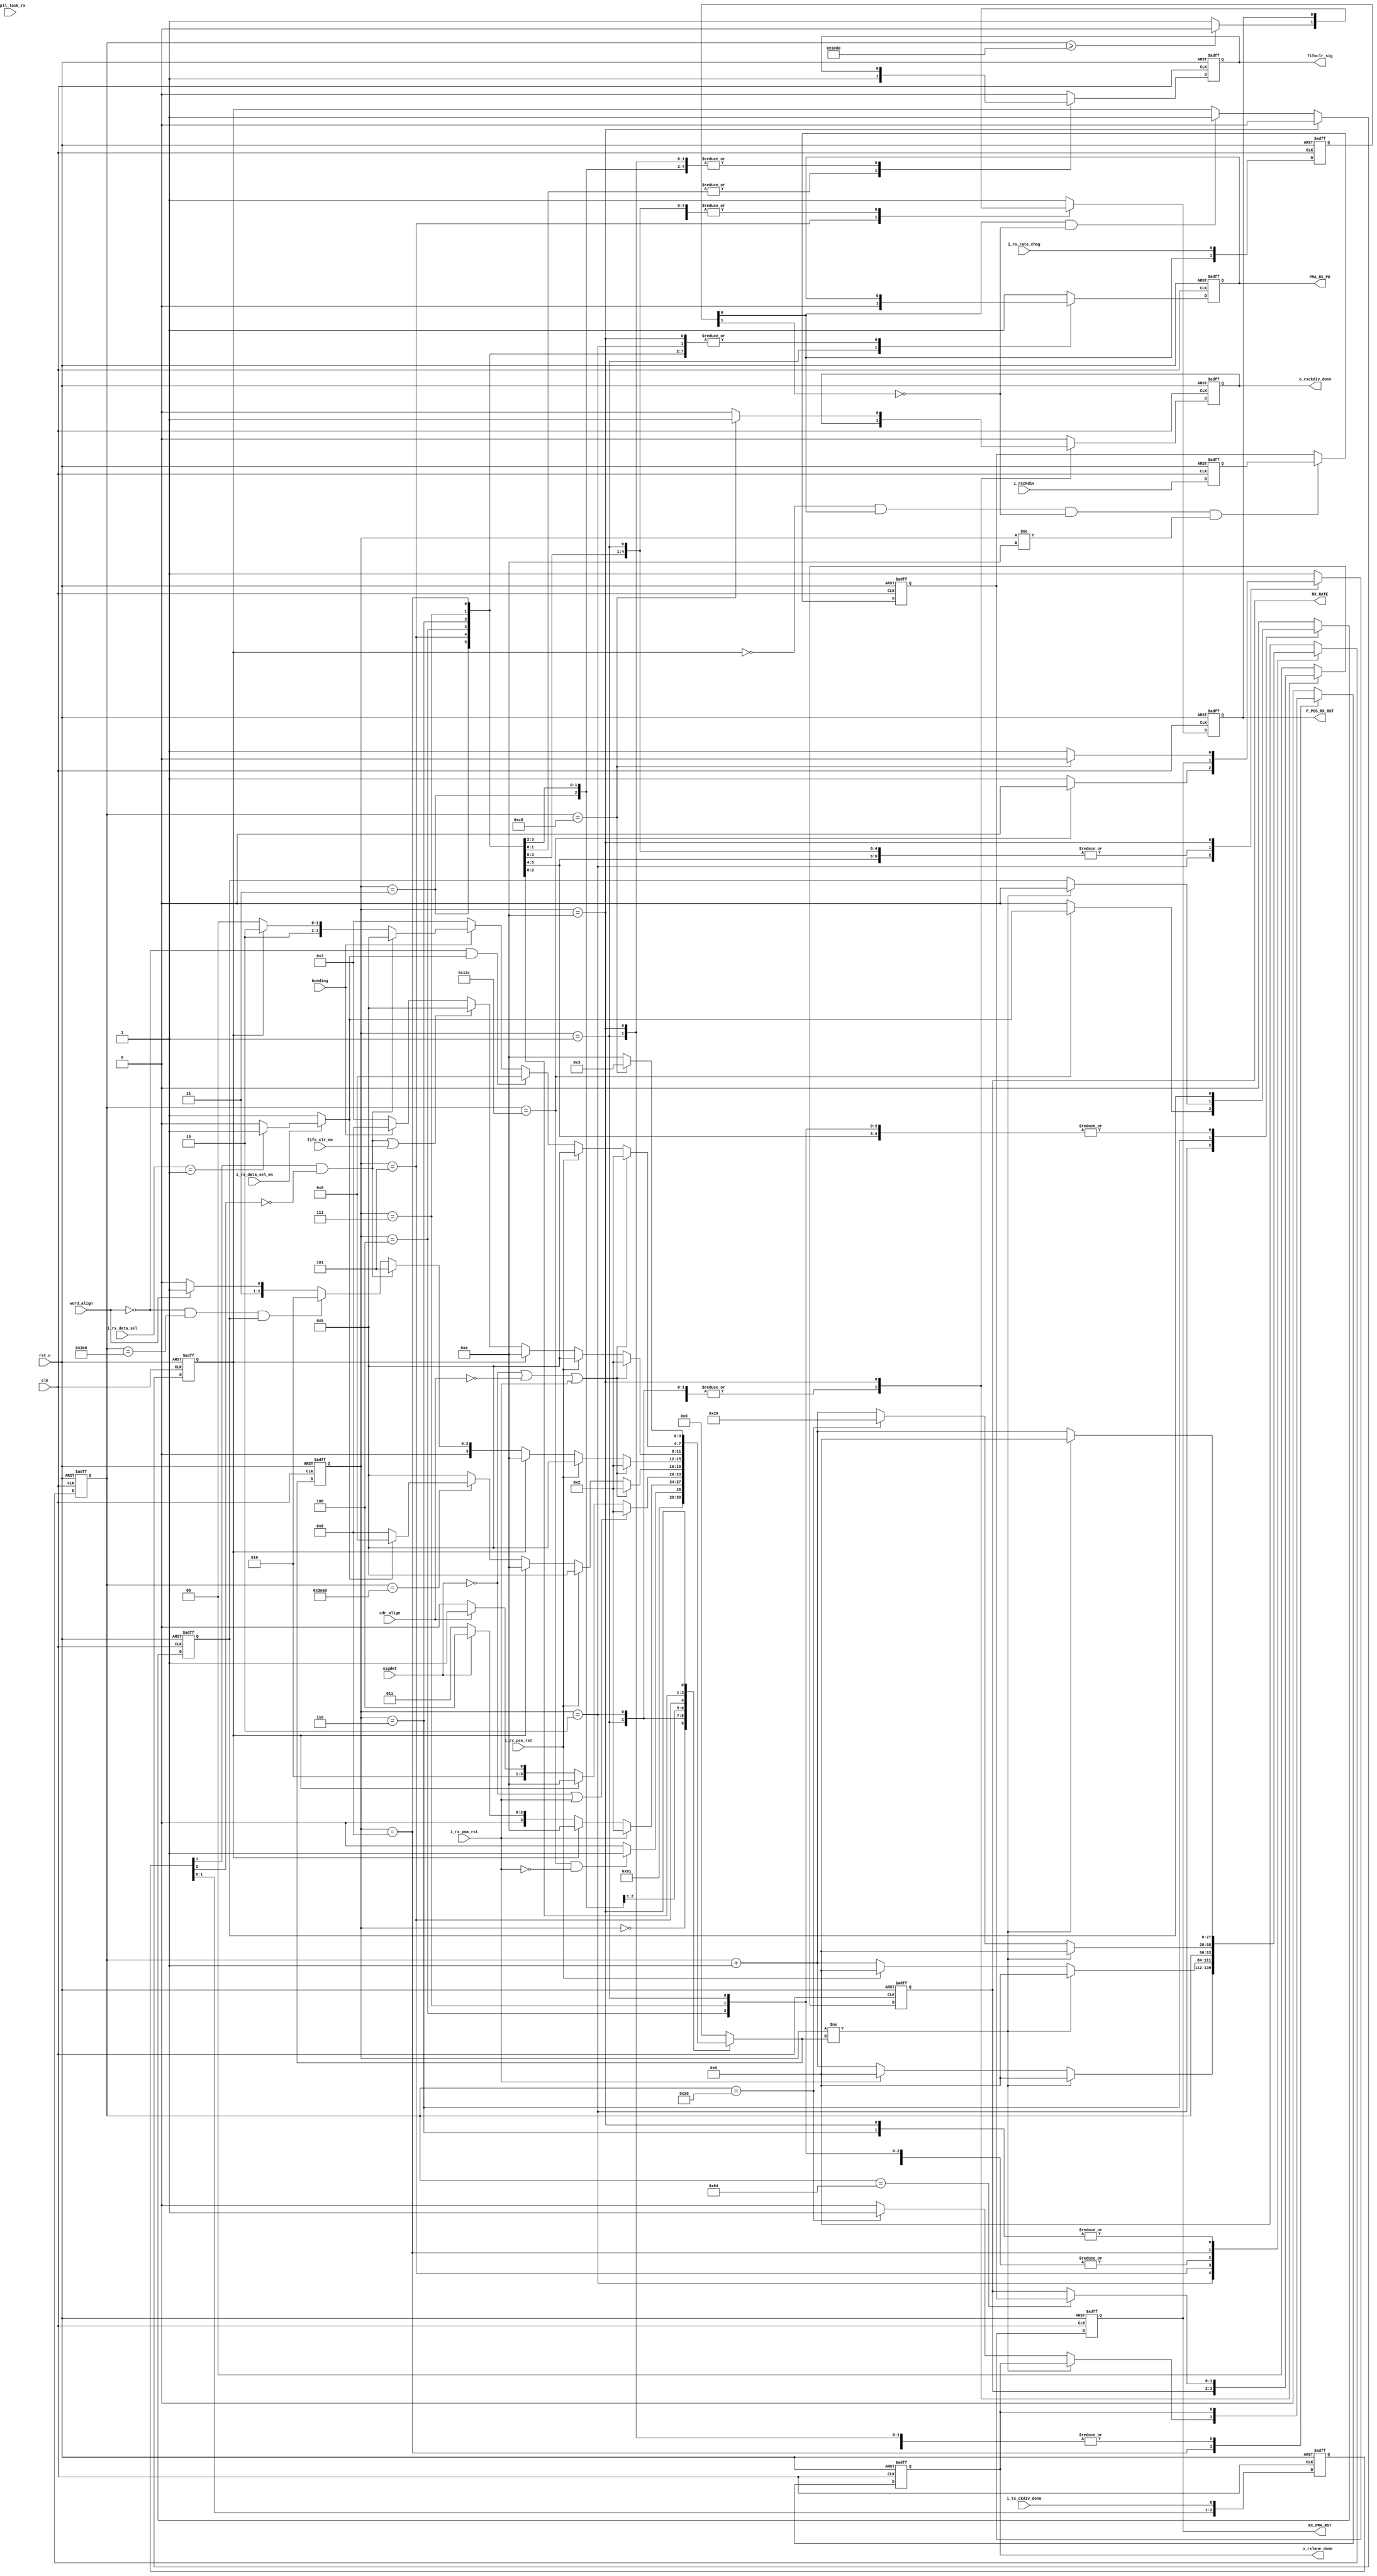
///////////////////////////////////////////////////////////////////////////////
//
// Copyright (c) 2019 PANGO MICROSYSTEMS, INC
// ALL RIGHTS REVERVED.
//
// THE SOURCE CODE CONTAINED HEREIN IS PROPRIETARY TO PANGO MICROSYSTEMS, INC.
// IT SHALL NOT BE REPRODUCED OR DISCLOSED IN WHOLE OR IN PART OR USED BY
// PARTIES WITHOUT WRITTEN AUTHORIZATION FROM THE OWNER.
//
///////////////////////////////////////////////////////////////////////////////
//
// Library:
// Filename:
///////////////////////////////////////////////////////////////////////////////
`timescale 1ns/1ps
module  ipm2t_hssthp_rxlane_rst_fsm_v1_5b#(
    parameter FREE_CLOCK_FREQ          = 100        , //unit is MHz, free clock  freq from GUI
    parameter CH_MULT_LANE_MODE        = 1          , //1: 1lane 2:2lane 4:4lane
    parameter CH_BYPASS_WORD_ALIGN     = "FALSE"    , //TRUE: Lane Bypass Word Alignment, FALSE: Lane No Bypass Word Alignment
    parameter CH_BYPASS_BONDING        = "FALSE"    , //TRUE: Lane Bypass Channel Bonding, FALSE: Lane No Bypass Channel Bonding
    parameter CH_BYPASS_CTC            = "FALSE"    , //TRUE: Lane Bypass CTC, FALSE: Lane No Bypass CTC
    parameter LX_RX_CKDIV              = 0          ,
    parameter PCS_RX_CLK_EXPLL_USE     = "FALSE"    ,
    parameter CH_RX_RATE               = 1.25       ,
    parameter CH_RXPCS_ALIGN_TIMER     = 1000   

)(
    // Reset and Clock
    input  wire                   clk                   ,
    input  wire                   rst_n                 ,
    // HSST Reset Control Signal
    input  wire                   fifo_clr_en           ,
    input  wire                   i_rx_rate_chng        ,
    input  wire                   i_tx_ckdiv_done       ,
    input  wire   [1:0]           i_rxckdiv             ,
    input  wire                   sigdet                ,
    input  wire                   cdr_align             ,
    input  wire                   word_align            ,
    input  wire                   bonding               ,
    input  wire                   i_pll_lock_rx         ,
    input  wire                   i_rx_pma_rst          ,
    input  wire                   i_rx_pcs_rst          ,
    input  wire                   i_rx_data_sel_en      ,
    input  wire   [1:0]           i_rx_data_sel         ,
    output reg                    PMA_RX_PD             ,
    output reg                    P_PCS_RX_RST          ,
    output reg    [1:0]           RX_RATE               ,
    output reg                    RX_PMA_RST            ,
    output reg                    o_rxckdiv_done        ,
    output reg                    o_rxlane_done         ,
    output reg                    fifoclr_sig       
);

localparam integer PMA_RST_CNTR_VALUE                 = 2*((1.5*FREE_CLOCK_FREQ)); //add 50 percent margin
localparam integer RX_RATE_CNTR_VALUE                 = 2*((0.5*FREE_CLOCK_FREQ)); //add 50 percent margin
localparam integer RX_PMA_RST_RELEASE_CNTR_VALUE      = 2*((1.0*FREE_CLOCK_FREQ)); //add 50 percent margin
`ifdef IPM2T_HSST_SPEEDUP_SIM
localparam integer CDR_LOCK_CNTR_VALUE                = 1;
`else
localparam integer CDR_LOCK_CNTR_VALUE                = FREE_CLOCK_FREQ*200/CH_RX_RATE; 
`endif

localparam integer PCS_RST_RELEASE_DLY_CNTR_VALUE     = 32;//add for rxlane_done is active but fabric clock is none by wenbin 
//Counter Width
localparam         CNTR_WIDTH                         = 28 ;
//RX Lane FSM Status
localparam RX_LANE_IDLE         = 4'd0;
localparam RX_LANE_PMA_POWERUP  = 4'd1;
localparam RX_LANE_PMA_RST      = 4'd2;
localparam RX_LANE_SIGNAL_WAIT  = 4'd3;
localparam RX_LANE_CDR_WAIT     = 4'd4;
localparam RX_LANE_CDR_CNTR     = 4'd5;//RXPCS Reset Status
localparam RX_LANE_ALIGN_WAIT   = 4'd6;
localparam RX_LANE_BONDING_WAIT = 4'd7;
localparam RX_LANE_DONE         = 4'd8;
localparam RX_CKDIV_ONLY        = 4'd10;

//****************************************************************************//
//                      Internal Signal                                       //
//****************************************************************************//
reg     [CNTR_WIDTH-1  : 0] cntr                  ;
wire                       tx_rate_done           ;
reg     [3            : 0] rxlane_rst_fsm         ;
reg     [3            : 0] next_state             ;
reg     [1            : 0] i_rx_rate_chng_ff      ;
reg                        i_rx_rate_chng_posedge ;
wire                       rxlane_word_align_en   ;
wire                       rxlane_ctc_en          ;
wire                       rxlane_bonding_en      ;
wire                       rxlane_mult_en         ;
wire                       expll_lock_rx          ;
reg     [1            : 0] i_rxckdiv_ff           ;
reg     [1            : 0] rxckdiv                ;
reg     [2            : 0] i_ckdiv_done_ff        ;
reg                        rxcdr_realign_en       ;
//****************************************************************************//
//                      Sequential and Logic                                  //
//****************************************************************************//
assign rxlane_word_align_en     = i_rx_data_sel_en==1'b1 ? (i_rx_data_sel==2'b01 ? 1'b1 : 1'b0) : (CH_BYPASS_WORD_ALIGN=="FALSE" ? 1'b1 : 1'b0);
assign rxlane_ctc_en            = (CH_BYPASS_CTC=="FALSE")        ? 1'b1 : 1'b0;
assign rxlane_bonding_en        = (CH_BYPASS_BONDING=="FALSE")    ? 1'b1 : 1'b0;
assign rxlane_mult_en           = (CH_MULT_LANE_MODE==2 || CH_MULT_LANE_MODE==4) ? 1'b1 : 1'b0;
assign expll_lock_rx            = (PCS_RX_CLK_EXPLL_USE=="FALSE") ? 1'b1 : i_pll_lock_rx;

always @(posedge clk or negedge rst_n) begin
    if(!rst_n) 
        i_ckdiv_done_ff     <= 3'b000;
    else 
        i_ckdiv_done_ff     <= {i_ckdiv_done_ff[1],i_ckdiv_done_ff[0],i_tx_ckdiv_done};
end
assign tx_rate_done = i_ckdiv_done_ff[1] & (!i_ckdiv_done_ff[2]) ;//TX CHANGE RATE DONE 

always @(posedge clk or negedge rst_n) begin
    if(!rst_n) 
        i_rx_rate_chng_ff     <= 2'b00;
    else 
        i_rx_rate_chng_ff     <= {i_rx_rate_chng_ff[0],i_rx_rate_chng};
end

always @(posedge clk or negedge rst_n) begin
    if(!rst_n) 
        i_rxckdiv_ff     <= 2'b00;
    else 
        i_rxckdiv_ff     <= i_rxckdiv;
end


always @(posedge clk or negedge rst_n) begin
    if(!rst_n) 
        i_rx_rate_chng_posedge     <= 1'b0;
    else if (rxlane_rst_fsm == RX_CKDIV_ONLY)
        i_rx_rate_chng_posedge     <= 1'b0;
    else if (i_rx_rate_chng_ff[0] & (!i_rx_rate_chng_ff[1]))
        i_rx_rate_chng_posedge     <= 1'b1;
    else ;
end

always @(posedge clk or negedge rst_n) begin
    if(!rst_n) 
        rxckdiv                  <= 2'b00;
    else if (!i_rx_rate_chng_posedge && i_rx_rate_chng_ff[0] && (!i_rx_rate_chng_ff[1]) && rxlane_rst_fsm != RX_CKDIV_ONLY)
        rxckdiv                  <= i_rxckdiv_ff ;
    else ;
end
 

always @(posedge clk or negedge rst_n) begin
    if(!rst_n) begin
        rxlane_rst_fsm     <=   RX_LANE_IDLE   ;
    end
    else begin
        rxlane_rst_fsm     <=   next_state ;
    end
end

always @(*)
begin
    case(rxlane_rst_fsm)
        RX_LANE_IDLE        :
            next_state     =   RX_LANE_PMA_POWERUP ;
        RX_LANE_PMA_POWERUP        :
        begin
            next_state = RX_LANE_PMA_RST ;
        end
        RX_LANE_PMA_RST     :
        begin
            if(cntr == PMA_RST_CNTR_VALUE && ~i_rx_pma_rst)
                next_state = RX_LANE_SIGNAL_WAIT ;
            else
                next_state = RX_LANE_PMA_RST ;
        end
        RX_LANE_SIGNAL_WAIT :
        begin
            if(i_rx_pma_rst)
                next_state = RX_LANE_PMA_RST ;
            else if(i_rx_rate_chng_posedge)
                next_state = RX_CKDIV_ONLY ;
            else if (sigdet)
                next_state = RX_LANE_CDR_WAIT ;
            else
                next_state = RX_LANE_SIGNAL_WAIT ;
        end
        RX_LANE_CDR_WAIT    :
        begin
            if(!sigdet || i_rx_pma_rst)
                next_state = RX_LANE_PMA_RST ;
            else if (i_rx_rate_chng_posedge)
                next_state = RX_CKDIV_ONLY ;
            else if (cdr_align) begin
                if(PCS_RX_CLK_EXPLL_USE == "FALSE")
                    next_state = RX_LANE_CDR_CNTR ;
                else
                    next_state = expll_lock_rx ? RX_LANE_CDR_CNTR : RX_LANE_CDR_WAIT;
            end
            else
                next_state = RX_LANE_CDR_WAIT ;
        end
        RX_LANE_CDR_CNTR     :
        begin
            if(!sigdet || !cdr_align || i_rx_pma_rst)
                next_state = RX_LANE_PMA_RST ;
            else if (i_rx_pcs_rst)
                next_state = RX_LANE_CDR_CNTR ;
            else if (i_rx_rate_chng_posedge)
                next_state = RX_CKDIV_ONLY ;
            else if (cntr == CDR_LOCK_CNTR_VALUE+PCS_RST_RELEASE_DLY_CNTR_VALUE )
                if (rxlane_word_align_en)
                    next_state = RX_LANE_ALIGN_WAIT ;
                else
                    next_state = RX_LANE_DONE ;
            else
                next_state = RX_LANE_CDR_CNTR ;
        end
        RX_LANE_ALIGN_WAIT  :
        begin
            if(!sigdet || !cdr_align || i_rx_pma_rst)
                next_state = RX_LANE_PMA_RST ;
            else if (i_rx_pcs_rst)
                next_state = RX_LANE_CDR_CNTR ;
            else if (i_rx_rate_chng_posedge)
                next_state = RX_CKDIV_ONLY ;
            else if (tx_rate_done && rxlane_ctc_en)
                next_state = RX_LANE_CDR_CNTR ;
            else if (!word_align && cntr==CH_RXPCS_ALIGN_TIMER && rxcdr_realign_en)
                next_state = RX_LANE_PMA_RST;
            else if (word_align&&rxlane_bonding_en)
                next_state = RX_LANE_BONDING_WAIT ;
            else if(word_align&&!rxlane_bonding_en)
                next_state = RX_LANE_DONE ;
            else
                next_state = RX_LANE_ALIGN_WAIT ;
        end
        RX_LANE_BONDING_WAIT:
        begin
            if(!sigdet || !cdr_align || i_rx_pma_rst)
                next_state = RX_LANE_PMA_RST ;
            else if (i_rx_pcs_rst)
                next_state = RX_LANE_CDR_CNTR ;
            else if (i_rx_rate_chng_posedge)
                next_state = RX_CKDIV_ONLY ;
            else if ((tx_rate_done && rxlane_ctc_en) || fifo_clr_en)
                next_state = RX_LANE_CDR_CNTR ;
            else if (bonding)
                next_state = RX_LANE_DONE ;
            else
                next_state = RX_LANE_BONDING_WAIT ;
        end
        RX_LANE_DONE        :
        begin
            if(!sigdet || !cdr_align || i_rx_pma_rst)
                next_state = RX_LANE_PMA_RST ;
            else if (i_rx_pcs_rst)
                next_state = RX_LANE_CDR_CNTR ;
            else if(!word_align&&rxlane_word_align_en)
                next_state = RX_LANE_ALIGN_WAIT ;
            else if(!bonding && rxlane_bonding_en)
                next_state = RX_LANE_BONDING_WAIT ;
            else if (tx_rate_done && rxlane_ctc_en)
                next_state = RX_LANE_CDR_CNTR ;
            else if (i_rx_rate_chng_posedge)
                next_state = RX_CKDIV_ONLY ;
            else if (fifo_clr_en && rxlane_mult_en)
                next_state = RX_LANE_CDR_CNTR ;
            else
                next_state = RX_LANE_DONE ;
        end
        RX_CKDIV_ONLY       :
        begin
            if(cntr == RX_PMA_RST_RELEASE_CNTR_VALUE)
                next_state = RX_LANE_SIGNAL_WAIT ;
            else
                next_state = RX_CKDIV_ONLY ;
        end
        default             :
        begin
            next_state     = RX_LANE_IDLE  ;
        end
    endcase
end

always @(posedge clk or negedge rst_n) 
begin
    if(!rst_n) 
    begin
        cntr                    <= {CNTR_WIDTH{1'b0}}; 
        PMA_RX_PD               <= 1'b1;
        P_PCS_RX_RST            <= 1'b1;
        RX_PMA_RST              <= 1'b1;
        RX_RATE                 <= LX_RX_CKDIV;
        o_rxckdiv_done          <= 1'b0;       
        o_rxlane_done           <= 1'b0;
        fifoclr_sig             <= 1'b0;
        rxcdr_realign_en        <= 1'b0;
    end
    else 
    begin
        case (rxlane_rst_fsm)
            RX_LANE_IDLE        :   
            begin
                cntr                    <= {CNTR_WIDTH{1'b0}}; 
                PMA_RX_PD               <= 1'b1;
                P_PCS_RX_RST            <= 1'b1;
                RX_PMA_RST              <= 1'b1;
                RX_RATE                 <= LX_RX_CKDIV;
                o_rxckdiv_done          <= 1'b0;       
                o_rxlane_done           <= 1'b0;
                fifoclr_sig             <= 1'b0;
                rxcdr_realign_en        <= 1'b0;
            end
            RX_LANE_PMA_POWERUP        :    begin
                PMA_RX_PD               <= 1'b0;
            end
            RX_LANE_PMA_RST     :   begin
                if(rxlane_rst_fsm!=next_state)
                begin
                    cntr                   <= {CNTR_WIDTH{1'b0}} ;
                end
                else if (i_rx_pma_rst)
                begin
                    cntr                   <= {CNTR_WIDTH{1'b0}} ;
                end
                else
                begin
                    cntr                    <= cntr + {{CNTR_WIDTH-1{1'b0}},{1'b1}} ;
                end
                if(cntr == PMA_RST_CNTR_VALUE)  begin
                    RX_PMA_RST              <= 1'b0;
                    rxcdr_realign_en        <= rxlane_word_align_en;
                end
                else    begin
                    RX_PMA_RST              <= 1'b1;
                    rxcdr_realign_en        <= 1'b0;
                end
                o_rxlane_done           <=1'b0 ;
                fifoclr_sig             <=1'b0 ;
                P_PCS_RX_RST            <=1'b1 ;
            end
            RX_LANE_SIGNAL_WAIT :
            begin
            end
            RX_LANE_CDR_CNTR    :
                begin
                if(rxlane_rst_fsm!=next_state)
                begin
                    cntr                   <= {CNTR_WIDTH{1'b0}} ;
                end
                else if(i_rx_pcs_rst)
                begin
                    cntr                   <= {CNTR_WIDTH{1'b0}} ;
                end
                else
                begin
                    cntr                    <= cntr + {{CNTR_WIDTH-1{1'b0}},{1'b1}} ;
                end
                if(cntr >= CDR_LOCK_CNTR_VALUE)     begin
                    P_PCS_RX_RST            <= 1'b0 ;
                end
                else
                P_PCS_RX_RST            <= 1'b1 ;
                o_rxlane_done           <= 1'b0 ;
                fifoclr_sig             <= 1'b0 ;
            end
            RX_LANE_CDR_WAIT  :
            begin
                o_rxlane_done           <= 1'b0 ;
            end
            RX_LANE_ALIGN_WAIT     :
            begin
                 if(rxlane_rst_fsm!=next_state)
                begin
                    cntr                   <= {CNTR_WIDTH{1'b0}} ;
                    rxcdr_realign_en       <= 1'b0;
                end
                else
                begin
                    cntr                    <= cntr + {{CNTR_WIDTH-1{1'b0}},{1'b1}} ;
                    rxcdr_realign_en        <= rxcdr_realign_en;
                end
                o_rxlane_done               <= 1'b0 ;
            end
            RX_LANE_BONDING_WAIT  :
            begin
                o_rxlane_done           <= 1'b0 ;
                fifoclr_sig             <= 1'b1 ;
            end
            RX_LANE_DONE        :
            begin
                if(rxlane_rst_fsm!=next_state)
                begin
                    cntr                   <= {CNTR_WIDTH{1'b0}} ;
                end
                else if(cntr==PCS_RST_RELEASE_DLY_CNTR_VALUE)
                begin
                    cntr                   <= PCS_RST_RELEASE_DLY_CNTR_VALUE ;
                    o_rxlane_done          <= 1'b1;
                end
                else
                begin
                    cntr                    <= cntr + {{CNTR_WIDTH-1{1'b0}},{1'b1}} ;
                    o_rxlane_done           <= 1'b0;
                end
                fifoclr_sig             <= 1'b1 ;
                rxcdr_realign_en        <= 1'b0;
            end
            RX_CKDIV_ONLY       :
            begin
                 if(rxlane_rst_fsm!=next_state)
                begin
                    cntr                   <= {CNTR_WIDTH{1'b0}} ;
                end
                else
                begin
                    cntr                    <= cntr + {{CNTR_WIDTH-1{1'b0}},{1'b1}} ;
                end
                if(cntr == RX_RATE_CNTR_VALUE)  begin
                    RX_RATE             <=  rxckdiv;
                end
                if(cntr == RX_PMA_RST_RELEASE_CNTR_VALUE)   begin
                    RX_PMA_RST              <= 1'b0;
                    o_rxckdiv_done          <= 1'b1;
                end
                else    begin
                    RX_PMA_RST              <= 1'b1;
                    o_rxckdiv_done          <= 1'b0;
                end
                P_PCS_RX_RST            <= 1'b1;
                rxcdr_realign_en        <= 1'b0;
            end
            default             :
            begin
                cntr                    <= {CNTR_WIDTH{1'b0}}; 
                PMA_RX_PD               <= 1'b1;
                P_PCS_RX_RST            <= 1'b1;
                RX_PMA_RST              <= 1'b1;
                RX_RATE                 <= LX_RX_CKDIV;
                o_rxckdiv_done          <= 1'b0;       
                o_rxlane_done           <= 1'b0;
                fifoclr_sig             <= 1'b0;
                rxcdr_realign_en        <= 1'b0;
            end
        endcase
    end
end


endmodule